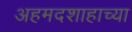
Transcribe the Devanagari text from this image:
अहमदशाहाच्या